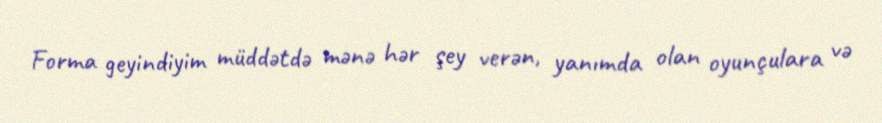
Forma geyindiyim müddətdə mənə hər şey verən, yanımda olan oyunçulara və